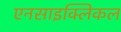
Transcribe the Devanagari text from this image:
एनसाइक्लिकल